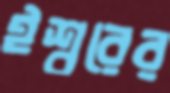
ঈশ্বরের